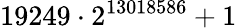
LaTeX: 19249\cdot 2^{13018586}+1